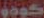
كودو